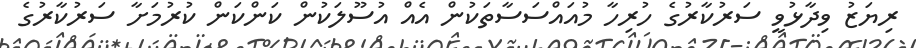
ރިޔަޒު ވިދާޅުވީ ސަރުކާރުގެ ހުރިހާ މުއައްސަސާތަކުން އެއް އުސޫލަކުން ކަންކަން ކުރުމަށާ ސަރުކާރުގެ